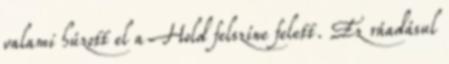
valami húzott el a Hold felszíne felett. Ez ráadásul